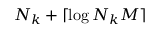
N _ { k } + \lceil \log N _ { k } M \rceil